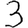
Digit: 3